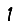
Digit: 1